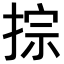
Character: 𢮱